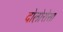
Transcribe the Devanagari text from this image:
दोलोरोसा